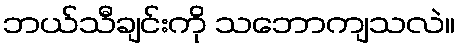
ဘယ်သီချင်းကို သဘောကျသလဲ။